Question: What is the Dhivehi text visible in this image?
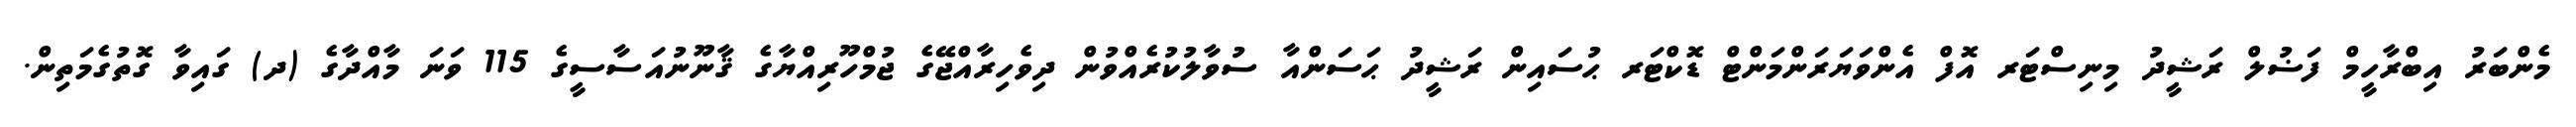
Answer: މެންބަރު އިބްރާހީމް ފަޟުލް ރަޝީދު މިނިސްޓަރ އޮފް އެންވަޔަރަންމަންޓް ޑޮކްޓަރ ޙުސައިން ރަޝީދު ޙަސަންއާ ސުވާލުކުރެއްވުން ދިވެހިރާއްޖޭގެ ޖުމްހޫރިއްޔާގެ ޤާނޫނުއަސާސީގެ 115 ވަނަ މާއްދާގެ (ދ) ގައިވާ ގޮތުގެމަތިން.